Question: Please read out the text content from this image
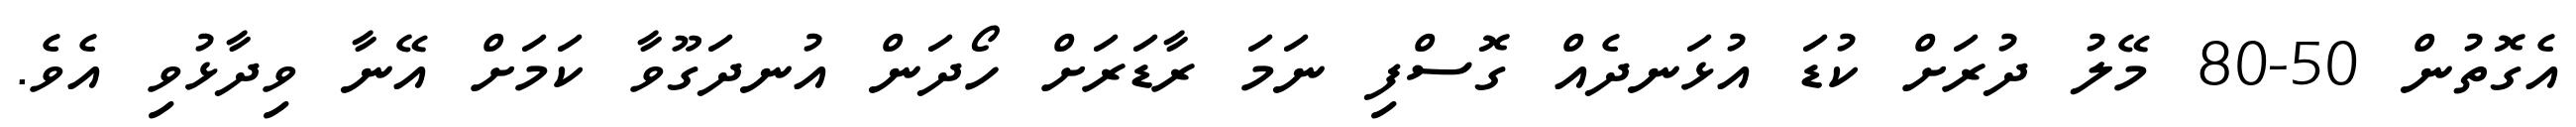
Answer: އެގޮތުން 50-80 މޭލު ދުރަށް ކުޑަ އުޅަނދެއް ގޮސްފި ނަމަ ރާޑަރަށް ހޯދަން އުނދަގޫވާ ކަމަށް އޭނާ ވިދާޅުވި އެވެ.